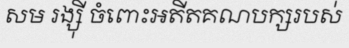
សម រង្ស៊ី ចំពោះអតីតគណបក្សរបស់